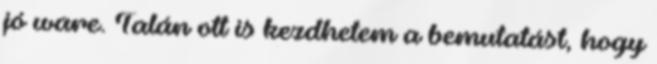
jó ware. Talán ott is kezdhetem a bemutatást, hogy